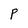
Character: P